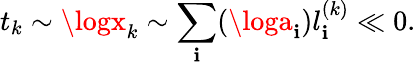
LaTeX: t_{k}\sim\logx_{k}\sim\sum_{\mathbf{i}}(\loga_{\mathbf{i}})l_{\mathbf{i}}^{(k)}\ll0.